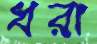
ধরা